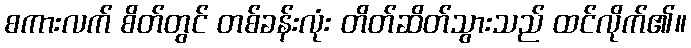
စကားလက် စိတ်တွင် တစ်ခန်းလုံး တိတ်ဆိတ်သွားသည် ထင်လိုက်၏။